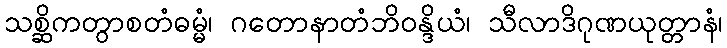
သစ္ဆိကတွာစတံဓမ္မံ၊ ဂတောနာတံဘိဝန္ဒိယံ၊ သီလာဒိဂုဏယုတ္တာနံ၊